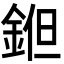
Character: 𨧝